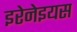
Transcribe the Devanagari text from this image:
इरेनेइयस